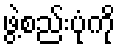
ဖွဲ့စည်းပုံကို